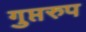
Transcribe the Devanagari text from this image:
गुप्तरुप